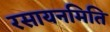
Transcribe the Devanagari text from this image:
रसायनमिति